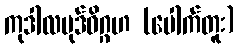
ကုဒါလပုဒ်ဝိဂ္ဂဟ (ပေါက်တူး)